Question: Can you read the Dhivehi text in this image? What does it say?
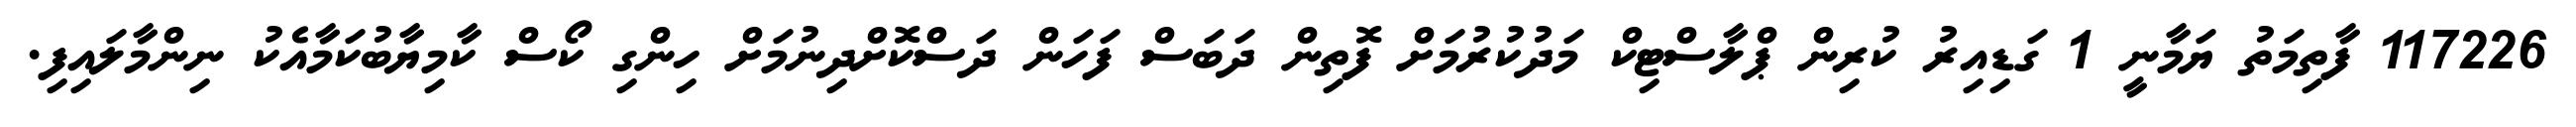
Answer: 117226 ފާތިމަތު ޔަމާނީ 1 ގަޑިއިރު ކުރިން ޕްލާސްޓިކް މަދުކުރުމަށް ފޮތިން ދަބަސް ފަހަން ދަސްކޮށްދިނުމަށް ހިންގި ކޯސް ކާމިޔާބުކަމާއެކު ނިންމާލައިފި.